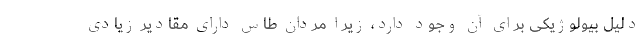
دلیل بیولوژیکی برای آن وجود دارد، زیرا مردان طاس دارای مقادیر زیادی